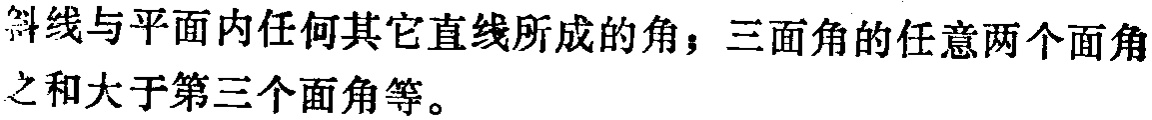
斜线与平面内任何其它直线所成的角；三面角的任意两个面角之和大于第三个面角等。